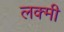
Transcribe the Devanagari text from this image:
लक्मी